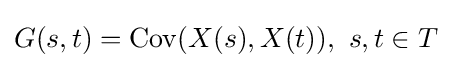
G(s,t)={\text{Cov}}(X(s),X(t)),\ s,t\in T